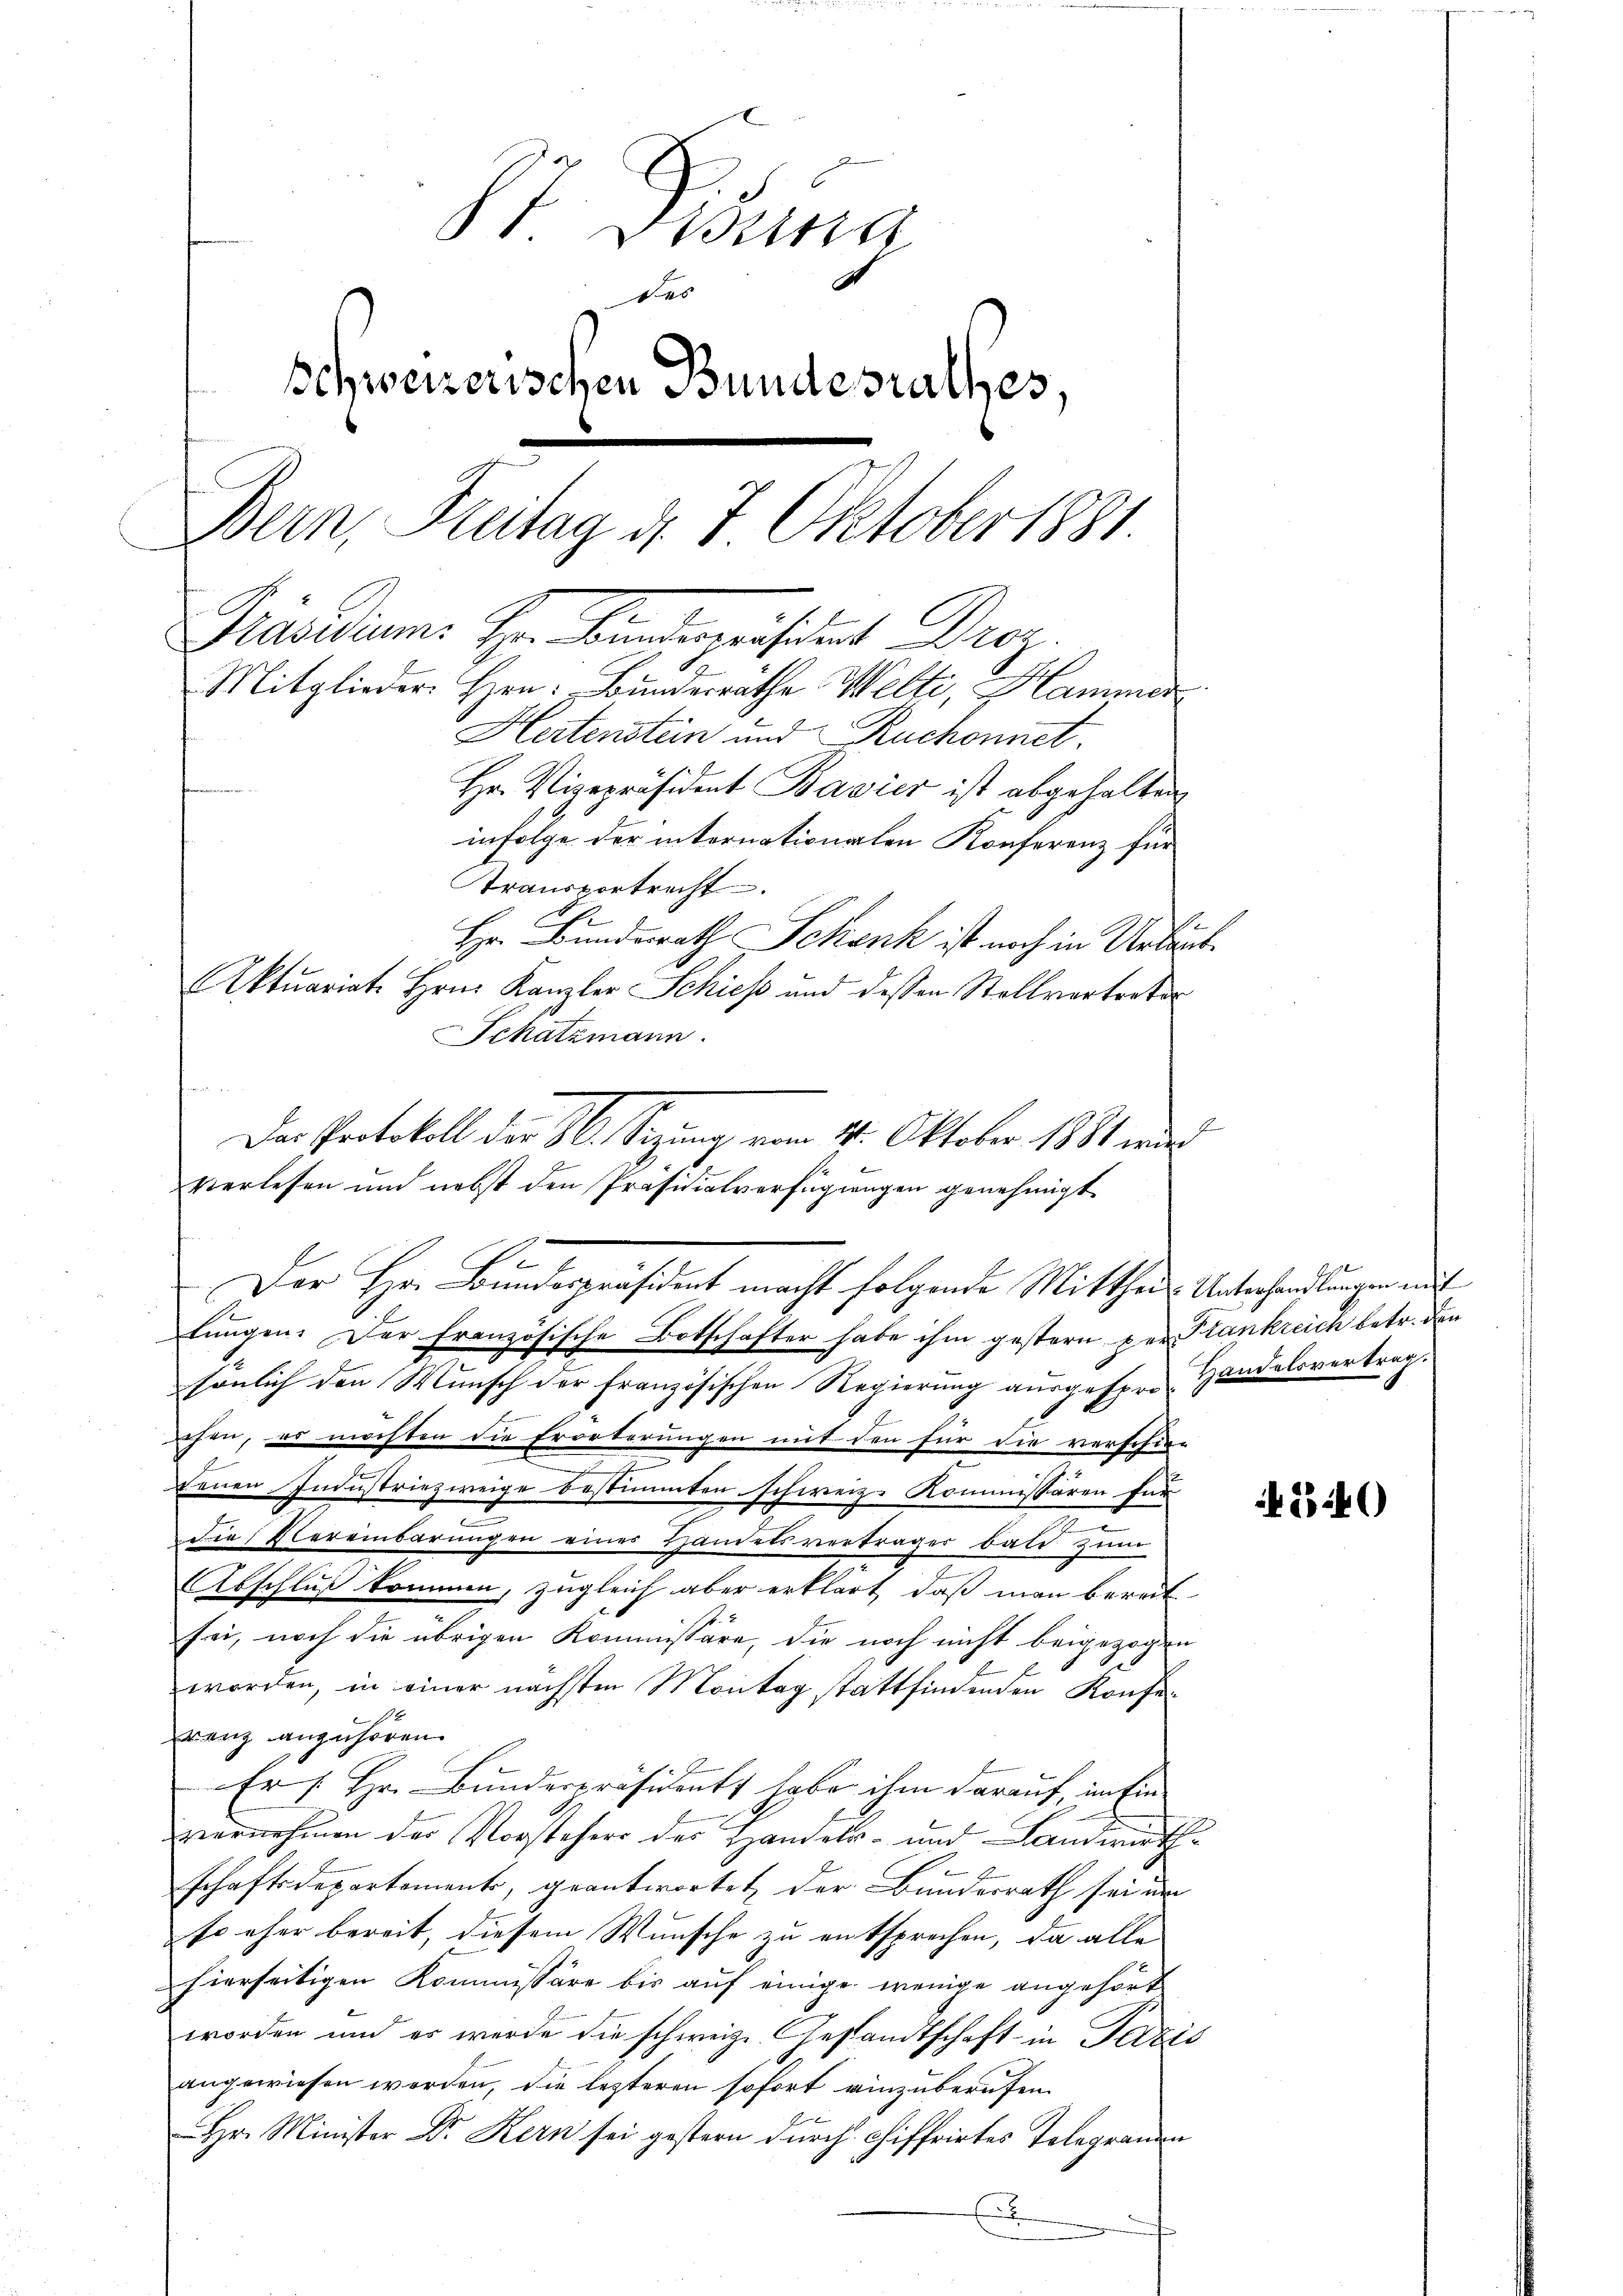
St. Gesung
des
Schweizerischen Bundesrathes,
Bern, Freitag d. 7. Oktober 1881.
Präsidium. Hr. Sinner präsident Droz.
Mitglieder. Hrn. Bunderrathe Welti, Hammer
Hertenstein und Ruchonnet.
Hr. Vizepräsident Bavier ist abgehalten
infolge der internationalen Konferenz für
Transportrecht
Hr. Bundesrath Schank ist noch in Urlaub¬

n
Verlesen und nebst den Präsidialverfügungen genehmigt
Der Herr Bundespräsident macht folgende Mittheils Unterhandlungen mit

lungen. Der französische Botschafter habe ihm gestern per Plankreich betr. den
sönlich den Wunsch der französischen Regierung ausgespro Handelsvertrag.
ehen, er möchten die Erörterungen mit den für die verschie-
2
e
Denen Industriezweige bestimmten schweiz. Kommissären für
die Vereinbarungen einer Handelsverträger bald zum
Abschluß kommen, zugleich aber erklärt, daß man bereit
sei, noch die übrigen Kommissäre, die noch nicht beigezogen
worden, in einer nächsten Montag stattfindenden Konfef
ranz anzuhören.
Er [Hr. Bunderpräsident habe ihm darauf, im Einvornehmen der Vorstehers der Handels- und Landwirth
schaftsdepartemente, geantwortet der Bundesrath sei um
so eher bereit, diesem Wunsche zu entsprechen, da alle
hierseitigen Kommissäre bis auf einige wenige angehört
worden und es werde die schweiz. Gestandtschaft in Fazis
angewiesen worden, die lezteren sofort einzuberufen.
Hr. Minister Dr. Kern sei gestern durch Chiffrirtes Telegrammen
E

Aktuariate Hrn. Kanzler Schieß und dessen Stollvortreter
Schatzmann.
E
Das Protokoll der M. Sitzung vom 21. Oktober 1881 wurd

540